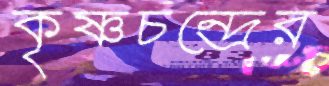
কৃষ্ণচন্দ্রের